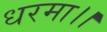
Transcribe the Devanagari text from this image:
धरमा।।